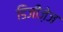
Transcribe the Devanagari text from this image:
डिजीज़ेज